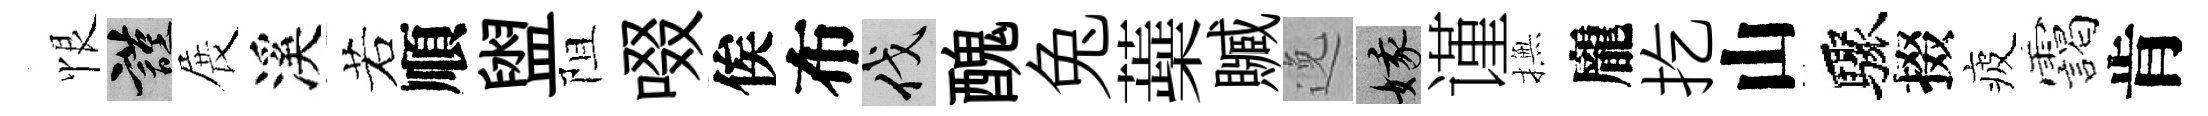
恨謹展溪若順盥阻啜俟布伐醜兔蘃贓𨓜娥谨撫龐扢山驟掇疲靄肯